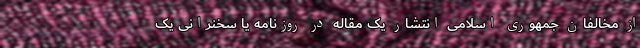
از مخالفان جمهوری اسلامی انتشار یک مقاله در روزنامه یا سخنرانی یک